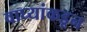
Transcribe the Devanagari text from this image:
वाघ्यांकडून